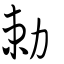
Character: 勅